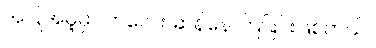
အပြုအမူမှာ ကလေး ဆန်နေ ကြခြင်းဖြစ်တယ်။